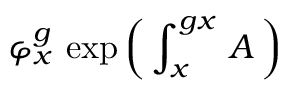
\varphi _ { x } ^ { g } \, \exp \left( \, \int _ { x } ^ { g x } \, A \, \right)